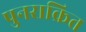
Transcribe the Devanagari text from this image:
पुनराक्रित